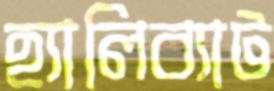
হ্যালিব্যাট